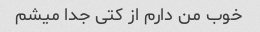
خوب من دارم از کتی جدا میشم